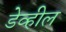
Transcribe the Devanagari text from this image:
डेव्हील